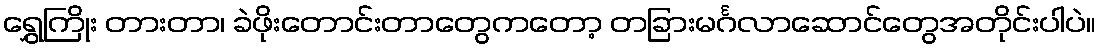
ရွှေကြိုး တားတာ၊ ခဲဖိုးတောင်းတာတွေကတော့ တခြားမင်္ဂလာဆောင်တွေအတိုင်းပါပဲ။